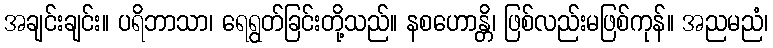
အချင်းချင်း။ ပရိဘာသာ၊ ရေရွတ်ခြင်းတို့သည်။ နစဟောန္တိ၊ ဖြစ်လည်းမဖြစ်ကုန်။ အညမညံ၊